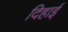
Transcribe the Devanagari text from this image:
दिहाई